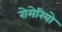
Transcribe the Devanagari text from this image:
रोमेरियो